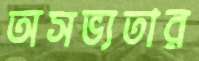
অসভ্যতার